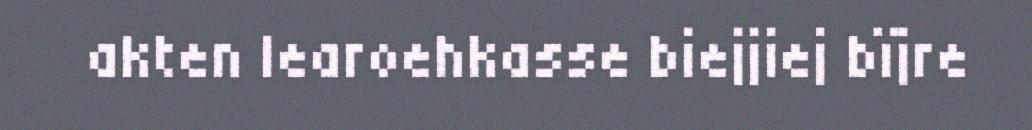
akten learoehkasse biejjiej bïjre